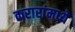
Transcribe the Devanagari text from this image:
करारांमध्ये